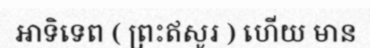
អាទិទេព ( ព្រះឥសូរ ) ហើយ មាន